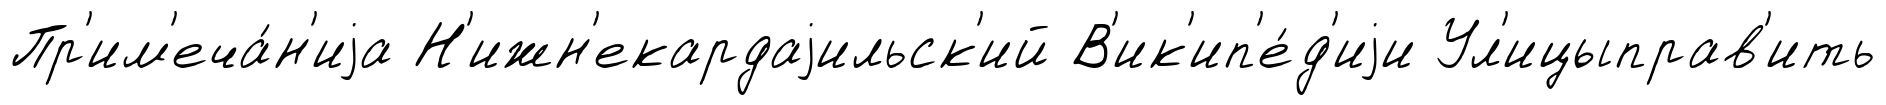
Пр'им'еча́н'иjа Н'ижн'екардаjильск'ий В'ик'ип'е́д'иjи Ул'ицыправ'ить